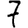
Digit: 7